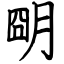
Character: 朙